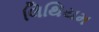
લિથિયમ